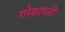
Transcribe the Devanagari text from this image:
गोबरपत्ती